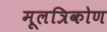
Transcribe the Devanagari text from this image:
मूलत्रिकोण